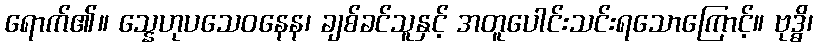
ရောက်၏။ သ္နေဟုပသေဝနေန၊ ချစ်ခင်သူနှင့် အတူပေါင်းသင်းရသောကြောင့်။ ဗုဒ္ဓိ၊